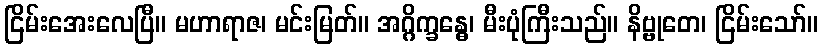
ငြိမ်းအေးလေပြီ။ မဟာရာဇ၊ မင်းမြတ်။ အဂ္ဂိက္ခန္ဓေ၊ မီးပုံကြီးသည်။ နိဗ္ဗုတေ၊ ငြိမ်းသော်။